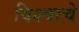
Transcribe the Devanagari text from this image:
विश्‍वाचे